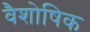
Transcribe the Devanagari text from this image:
वैशोषिक